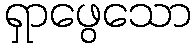
ရှာဖွေသော